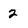
Character: 2